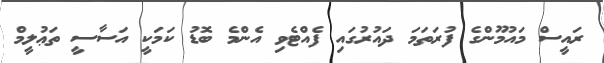
ރައީސް މައުމޫންގެ ފުރަތަމަ ދައުރުގައި ފެއްޓެވި އެންމެ ބޮޑު ކަމަކީ އަސާސީ ތަޢުލީމް